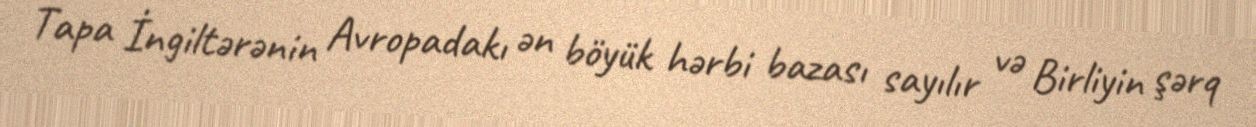
Tapa İngiltərənin Avropadakı ən böyük hərbi bazası sayılır və Birliyin şərq